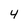
Character: 4